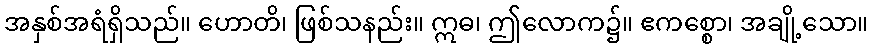
အနှစ်အရံရှိသည်။ ဟောတိ၊ ဖြစ်သနည်း။ ဣဓ၊ ဤလောက၌။ ဧကစ္စော၊ အချို့သော။